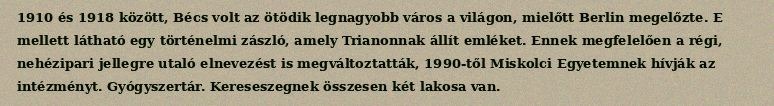
1910 és 1918 között, Bécs volt az ötödik legnagyobb város a világon, mielőtt Berlin megelőzte. E mellett látható egy történelmi zászló, amely Trianonnak állít emléket. Ennek megfelelően a régi, nehézipari jellegre utaló elnevezést is megváltoztatták, 1990-től Miskolci Egyetemnek hívják az intézményt. Gyógyszertár. Kereseszegnek összesen két lakosa van.